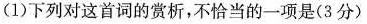
(1)下列对这首词的赏析，不恰当的一项是(3分)